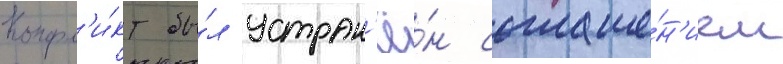
Конфл'и́кт бы́л устран'ё́н соглаше́н'ием